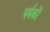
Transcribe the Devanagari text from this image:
पर्यकों